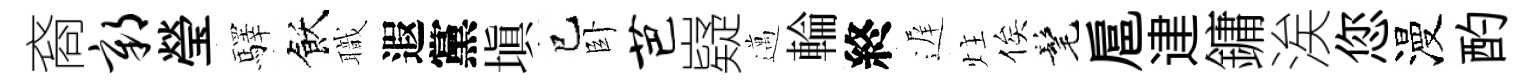
裔鄣瑩驛飫職遐黨塡巳卧芭嶷邁輪終遅炷俟髦扈䢖鏞涘您漫酌